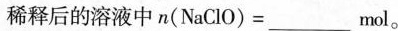
稀释后的溶液中$$n ( N a C l O ) = ___ m o l$$。